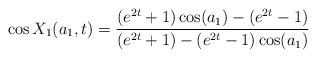
LaTeX: \begin{align*}\cos X_1(a_1,t) = \frac{ (e^{2t}+1) \cos (a_1) - (e^{2t}-1)}{(e^{2t}+1) - (e^{2t}-1) \cos(a_1)}\end{align*}